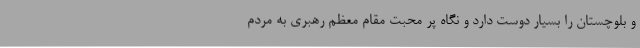
و بلوچستان را بسیار دوست دارد و نگاه پر محبت مقام معظم رهبری به مردم